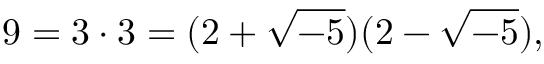
9 = 3 \cdot 3 = ( 2 + { \sqrt { - 5 } } ) ( 2 - { \sqrt { - 5 } } ) ,